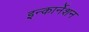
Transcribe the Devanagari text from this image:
इन्कार्नेशन